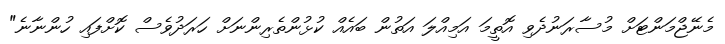
މެނޭޖްމަންޓަށް މުސާރަނުދެވި އޮތީމަ އަމިއްލަ އަތުން ބައެއް ކުޅުންތެރިންނަށް ހަރަދުވެސް ކޮށްފައި ހުންނާނެ"